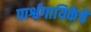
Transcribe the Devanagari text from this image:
पार्श्वगायिकेचे